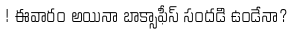
! ఈవారం అయినా బాక్సాఫీస్ సందడి ఉండేనా?